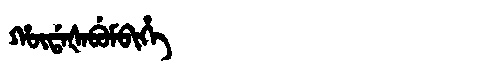
Manchu: ᡥᡡᡩᠠᡧᠠᠪᡠᠮᠪᡳᡥᡝ
Romanization: HŪDAŠABUMBIHE